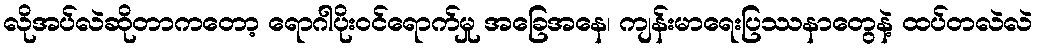
လိုအပ်လဲဆိုတာကတော့ ရောဂါပိုး၀င်ရောက်မှု အခြေအနေ၊ ကျန်းမာရေးပြဿနာတွေနဲ့ ထပ်တလဲလဲ